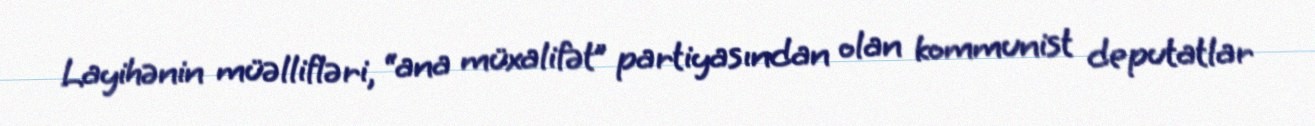
Layihənin müəllifləri, “ana müxalifət” partiyasından olan kommunist deputatlar